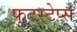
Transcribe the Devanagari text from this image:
फुटस्टेप्स